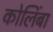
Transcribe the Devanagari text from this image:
कोलिंबा